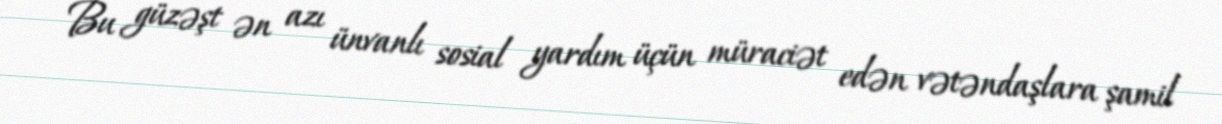
Bu güzəşt ən azı ünvanlı sosial yardım üçün müraciət edən vətəndaşlara şamil